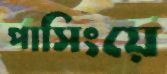
পাসিংয়ে